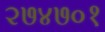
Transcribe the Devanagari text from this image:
२७४७०१